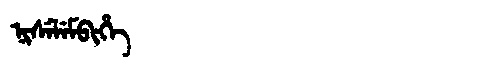
Manchu: ᠨᡳᠰᡝᠯᡝᠮᠪᡳᡥᡝ
Romanization: NISELEMBIHE